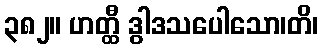
၃၈၂။ ဟတ္ထီ ဒွါဒသပေါသော၊တိ၊